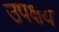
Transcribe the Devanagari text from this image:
उपक्षय